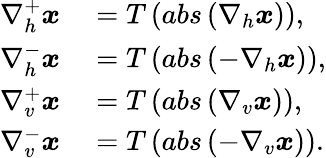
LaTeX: \begin{array}{rl}{\nabla_{h}^{+}\boldsymbol{x}}&{{}=T\left(abs\left(\nabla_{h}\boldsymbol{x}\right)\right),}\\ {\nabla_{h}^{-}\boldsymbol{x}}&{{}=T\left(abs\left(-\nabla_{h}\boldsymbol{x}\right)\right),}\\ {\nabla_{v}^{+}\boldsymbol{x}}&{{}=T\left(abs\left(\nabla_{v}\boldsymbol{x}\right)\right),}\\ {\nabla_{v}^{-}\boldsymbol{x}}&{{}=T\left(abs\left(-\nabla_{v}\boldsymbol{x}\right)\right).}\end{array}